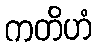
ကတိဟံ